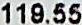
119.55